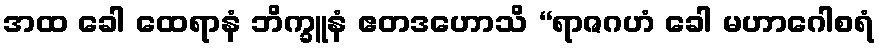
အထ ခေါ ထေရာနံ ဘိက္ခူနံ ဧတဒဟောသိ “ရာဇဂဟံ ခေါ မဟာဂေါစရံ